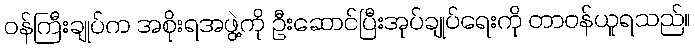
ဝန်ကြီးချုပ်က အစိုးရအဖွဲ့ကို ဦးဆောင်ပြီးအုပ်ချုပ်ရေးကို တာဝန်ယူရသည်။